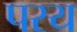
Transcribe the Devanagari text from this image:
परय